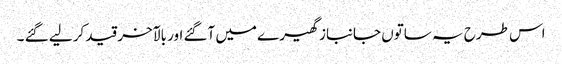
اس طرح یہ ساتوں جانباز گھیرے میں آگئے اور بالآخر قید کر لیے گئے ۔